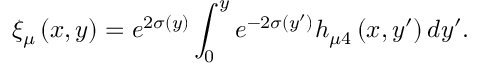
\xi _ { \mu } \left( x , y \right) = e ^ { 2 \sigma ( y ) } \int _ { 0 } ^ { y } e ^ { - 2 \sigma ( y ^ { \prime } ) } h _ { \mu 4 } \left( x , y ^ { \prime } \right) d y ^ { \prime } .